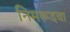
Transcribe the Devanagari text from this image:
निमरूदचा